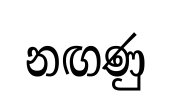
නඟණු